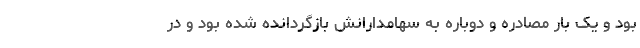
بود و یک بار مصادره و دوباره به سهامدارانش بازگردانده شده بود و در